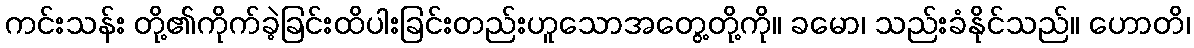
ကင်းသန်း တို့၏ကိုက်ခဲ့ခြင်းထိပါးခြင်းတည်းဟူသောအတွေ့တို့ကို။ ခမော၊ သည်းခံနိုင်သည်။ ဟောတိ၊